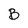
Character: B